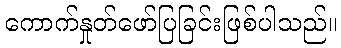
ကောက်နှုတ်ဖော်ပြခြင်းဖြစ်ပါသည်။